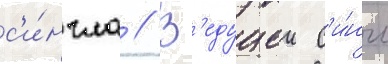
с'и́нгла // В'едущии с'и́нгл